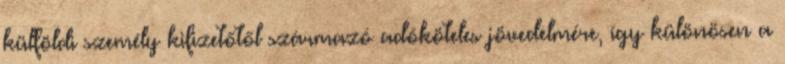
külföldi személy kifizetőtől származó adóköteles jövedelmére, így különösen a